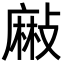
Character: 𪎘